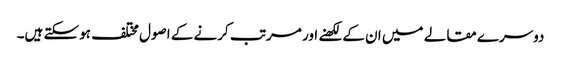
دوسرے مقالے میں ان کے لکھنے اور مرتب کرنے کے اصول مختلف ہوسکتے ہیں۔